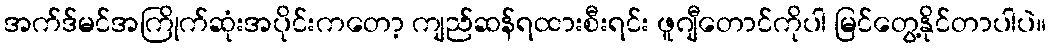
အက်ဒ်မင်အကြိုက်ဆုံးအပိုင်းကတော့ ကျည်ဆန်ရထားစီးရင်း ဖူဂျီတောင်ကိုပါ မြင်တွေ့နိုင်တာပါပဲ။